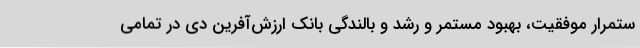
ستمرار موفقیت، بهبود مستمر و رشد و بالندگی بانک ارزش‌آفرین دی در تمامی